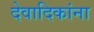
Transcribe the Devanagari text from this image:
देवादिकांना